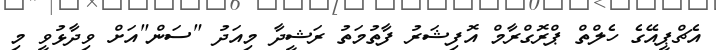
އެޗްޕީއޭގެ ހެލްތް ޕްރޮގްރާމް އޮފިޝަރު ފާތުމަތު ރަޝީދާ މިއަދު "ސަން"އަށް ވިދާޅުވީ މި